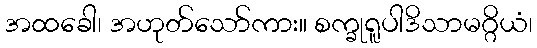
အထခေါ၊ အဟုတ်သော်ကား။ စက္ခုရူပါဒိသာမဂ္ဂိယံ၊